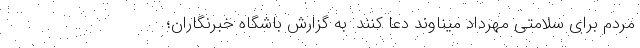
مردم برای سلامتی مهرداد میناوند دعا کنند. به گزارش باشگاه خبرنگاران؛